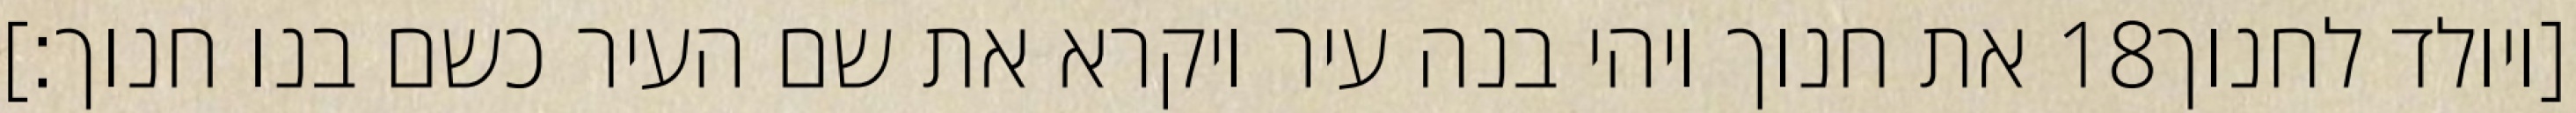
את חנוך ויהי בנה עיר ויקרא את שם העיר כשם בנו חנוך׃] ‎18‏ [ויולד לחנוך